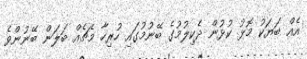
އެއް ބަޔަކު މޮޅު ކުޅުން ދެކިލުމުގެ ބޭނުމުގައި ހުރިހާ މެޗެއް ބަލަން ބޭނުންވެ